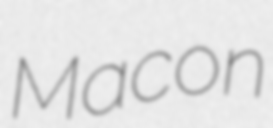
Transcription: Macon